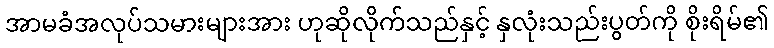
အာမခံအလုပ်သမားများအား ဟုဆိုလိုက်သည်နှင့် နှလုံးသည်းပွတ်ကို စိုးရိမ်၏